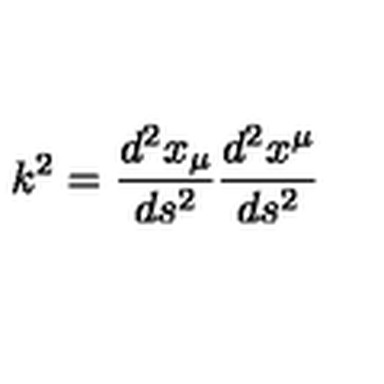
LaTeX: k ^ { 2 } = \frac { d ^ { 2 } x _ { \mu } } { d s ^ { 2 } } \frac { d ^ { 2 } x ^ { \mu } } { d s ^ { 2 } }